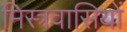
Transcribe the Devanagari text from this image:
मिस्त्रवासियों